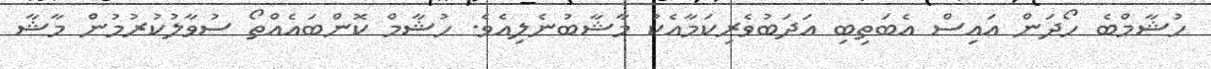
ހުޝާމްބެ ހޯދަން އައިސް އެބަތިބި އަދަބުވެރިކަމާއެކު މާޝާބުނެލިއެވެ. ހުޝާމް ކޮންބައެއްތޯ ސުވާލުކުރުމުން މާޝާ